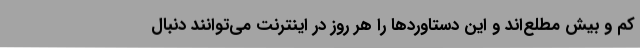
کم و بیش مطلع‌اند و این دستاوردها را هر روز در اینترنت می‌توانند دنبال